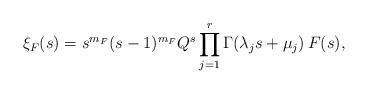
LaTeX: \begin{align*} \aligned \xi_F(s) & = s^{m_F}(s-1)^{m_F}Q^s \prod_{j=1}^{r} \Gamma(\lambda_{j} s + \mu_{j}) \, F(s), \endaligned \end{align*}